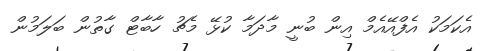
އެކަމަކު އެފްއޭއެމް އިން ބުނީ މާދަމާ ކުޅޭ މެޗު ހާބާޓް ގާތުން ބަލަމުން